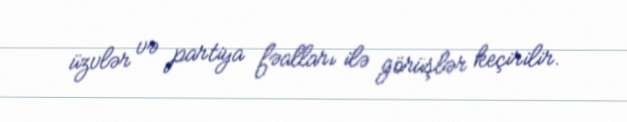
üzvlər və partiya fəalları ilə görüşlər keçirilir.